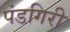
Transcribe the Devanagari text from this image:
पंडगिरी